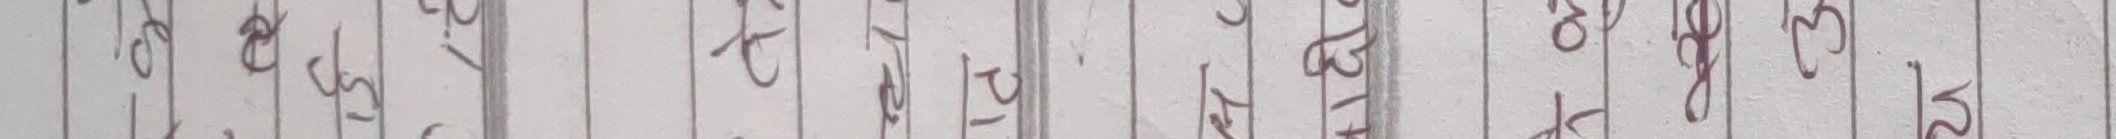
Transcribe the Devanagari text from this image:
१२३४५६७८९०१२३४५६७८९०